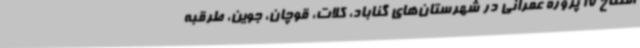
افتتاح 17 پروژه عمرانی در شهرستان‌های گناباد، کلات، قوچان، جوین، طرقبه